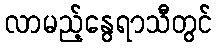
လာမည့်နွေရာသီတွင်